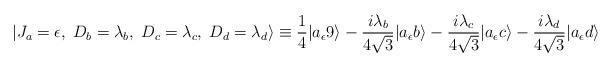
LaTeX: \begin{align*}|J_a = \epsilon, \; D_b = \lambda_b, \; D_c= \lambda_c, \; D_d = \lambda_d \rangle \equiv {1 \over 4} |a_{\epsilon} 9 \rangle - {i \lambda_b \over 4 \sqrt{3} } |a_{\epsilon} b\rangle - {i \lambda_c \over 4 \sqrt{3} } |a_{\epsilon} c\rangle - {i \lambda_d \over 4 \sqrt{3} } |a_{\epsilon} d\rangle\end{align*}